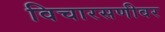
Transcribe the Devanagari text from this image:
विचारसणीवर